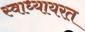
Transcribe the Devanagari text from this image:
स्वाध्यायरत